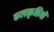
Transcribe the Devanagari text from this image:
कलाकृत्तियों